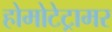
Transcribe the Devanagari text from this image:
होमोटेट्रामर